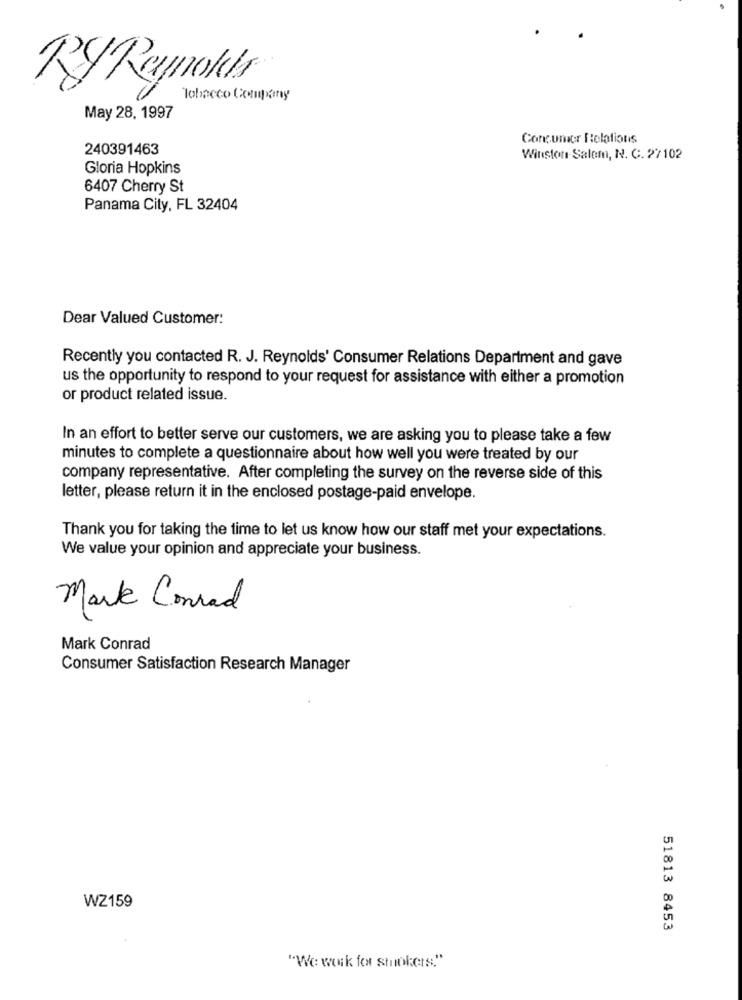
RyReynolds
Tobacco Company
May 28, 1997
Concumpr Relations
240391463
Winston-Salem, N. C. 27102
Gloria Hopkins
6407 Cherry St
Panama City, FL 32404
Dear Valued Customer:
Recently you contacted R. J. Reynolds' Consumer Relations Department and gave
us the opportunity to respond to your request for assistance with either a promotion
or product related issue.
In an effort to better serve our customers, we are asking you to please take a few
minutes to complete a questionnaire about how well you were treated by our
company representative. After completing the survey on the reverse side of this
letter, please return it in the enclosed postage-paid envelope.
Thank you for taking the time to let us know how our staff met your expectations.
We value your opinion and appreciate your business.
Mark Conrad
Mark Conrad
Consumer Satisfaction Research Manager
WZ159
51813 8453
"We work for Stokers."